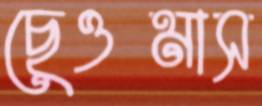
ছেওমাস